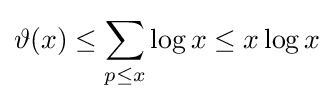
\vartheta (x)\leq \sum _{p\leq x}\log x\leq x\log x